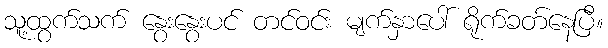
သူ့ထွက်သက် နွေးနွေးပင် တင်ဝင်း မျက်နှာပေါ် ရိုက်ခတ်နေပြီ။